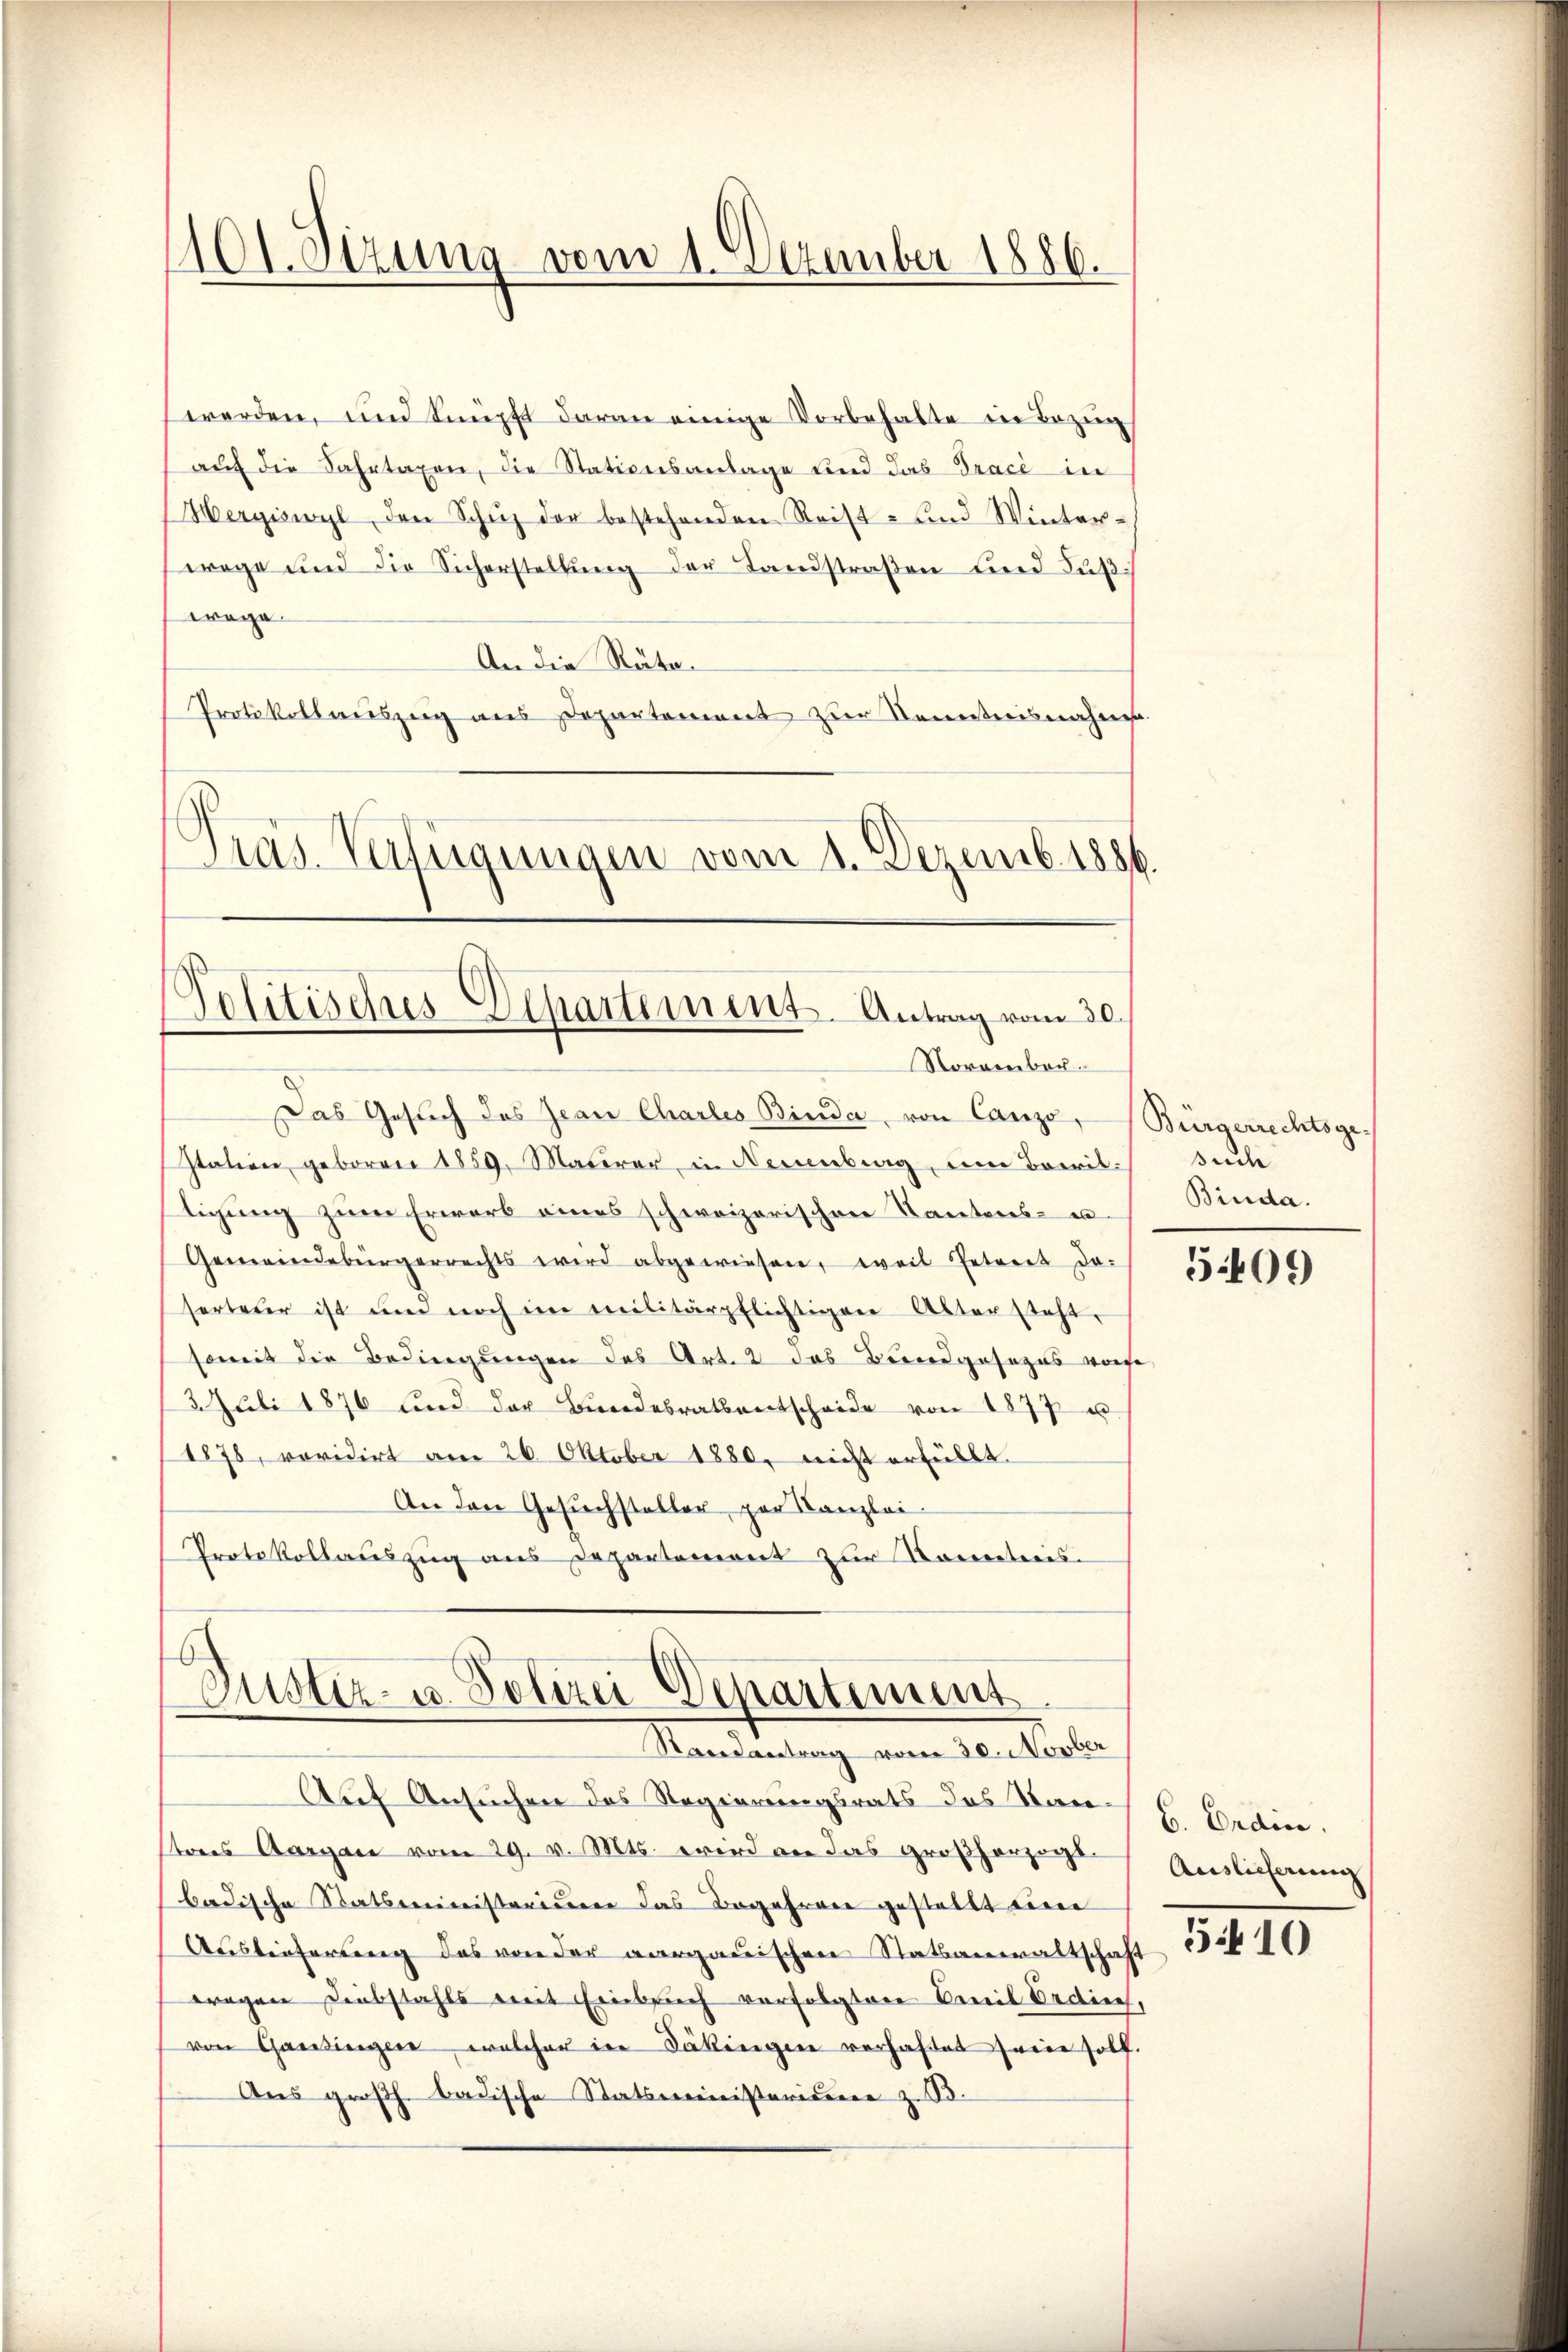
1101. Sizung vom 1. Dezember 1886.

werden, und knüpft daran einige Vorbehalte in Bezug
aŭf die Fahrtaxen, die Stationsanlage und das Tracé in
Hergiswyl den Schutz der bestehenden Reist- und Winter-
wege und die Sicherstellung der Landstraßen und Fußwage
An die Räte¬
Protokollauszug aus Departement zur Kenntnisnahmen.
Präs. Verfügungen vom 8. Dezemb. 1886.

Solitisches Elhartement. Antrag vom 30.
Nornenbar

Justiz- u. Polizei Departium
Rondantrag vom 30. Novber

Das Gesŭch des Jean Charles Binde von Canze, Bürgerrechtsge¬
Itation geboren 1859. Mauerer, in Neuenburg, um Baerit.
tigung zum Erwarb eines schweizerischen Kantons- u
Gemeindebürgerrechts wird abgewiesen, weil Petreit da-
serteier ist und noch im militärpflichtigen Altersteht.
soweit die Bedingungen das Art. 2 das Bundgesezes vorse
3. Juli 1876 und der Bŭndesrathentscheide von 1877 u.
1878, revidirt am 26. Oktober 1880, nicht erfüllt.
An den Gesuchsteller, par Kanzlei-
Protokollauszug aus Departement zur Korretreis-

Auf Ansuchen des Regierungsrats das San E Erdice.
steres Aargare vom 29. v. Mts. wird an das Großherzogl.
badische Statsministerium das Begehren gestellt eine
Auslieferung des von der aargauischen Statsanwaltschaft
wegen Diebstahls mit Einbruch verfolgten Emil Ordine,
von Gardingen, welcher in Säkingen verhaftet seine soll.
Ans großh. badische Statsministeriere z. B.

suche
Binda.

509

Auslieferung

5410